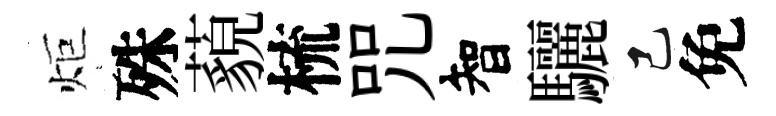
炬殊藐梳咒智驪己免